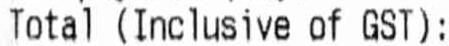
TOTAL (INCLUSIVE OF GST):